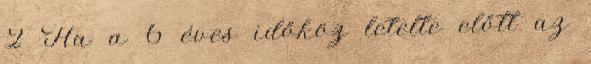
2 Ha a 6 éves időköz letelte előtt az